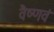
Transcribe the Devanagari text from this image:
वैष्णवं